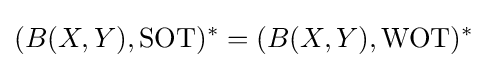
(B(X,Y),{\text{SOT}})^{*}=(B(X,Y),{\text{WOT}})^{*}